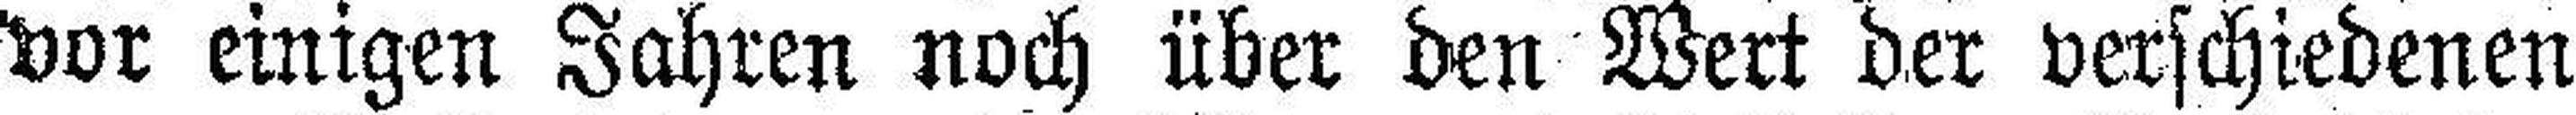
vor einigen Jahren noch über den Wert der verschiedenen